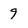
Character: 9